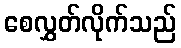
စေလွှတ်လိုက်သည်